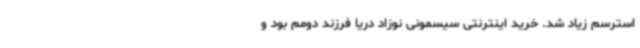
استرسم زیاد شد. خرید اینترنتی سیسمونی نوزاد دریا فرزند دومم بود و